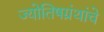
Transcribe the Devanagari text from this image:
ज्योतिषग्रंथांचे